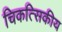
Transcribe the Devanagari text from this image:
चिकत्सिकीय